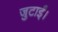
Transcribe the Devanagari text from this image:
जुटाईं।